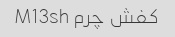
کفش چرم M13sh